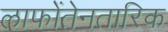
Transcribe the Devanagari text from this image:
लाफोंतेनतारिक